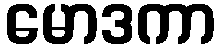
မောဒကာ